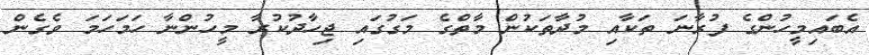
އެބައިމީހުންގެ ފުރާނަ ތަކާއި މުދާތަކުން މާތްގެ މަގުގައި ޖިހާދުކުރާ މީހުންނާ ހަމަހަމަ ވެގެން